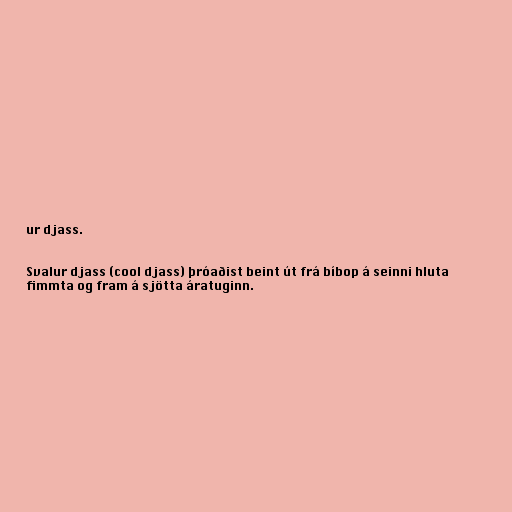
ur djass.

Svalur djass (cool djass) þróaðist beint út frá bíbop á seinni hluta
fimmta og fram á sjötta áratuginn.